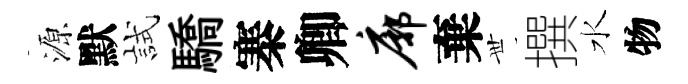
源默試驕寨卿廓棄𠀍撰水物